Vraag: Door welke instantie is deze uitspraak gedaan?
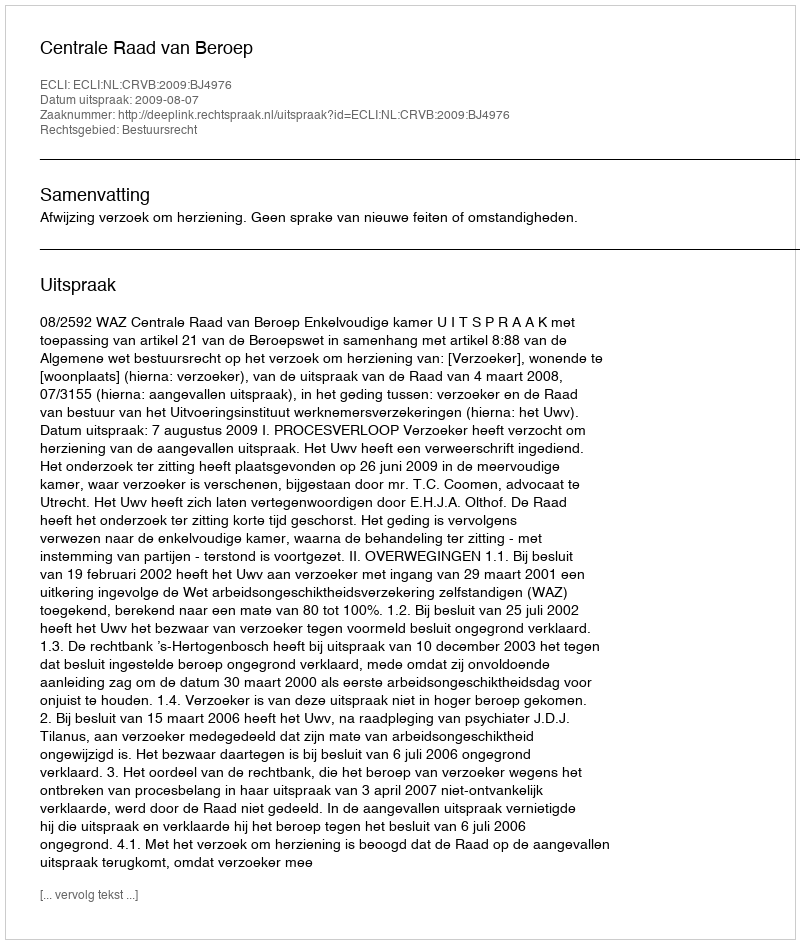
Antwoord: Centrale Raad van Beroep